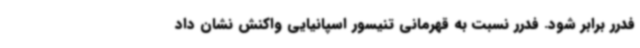
فدرر برابر شود. فدرر نسبت به قهرمانی تنیسور اسپانیایی واکنش نشان داد